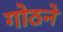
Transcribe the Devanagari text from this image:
गोठने